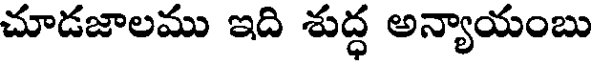
చూడజాలము ఇది శుద్ధ అన్యాయంబు